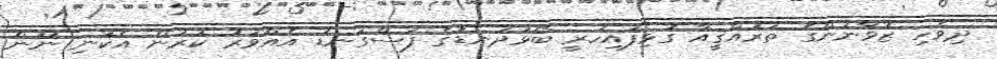
ދިވެހި ޒުވާނުންގެ ތަރައްޤީއާ ގުޅިފައިހުރީ ބޯޅަދަނޑުގެ ފަސްގަނޑު އެއްވަރު ކުރުން އެކަނި ނޫން